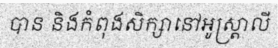
បាន និងកំពុងសិក្សានៅអូស្ត្រាលី